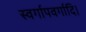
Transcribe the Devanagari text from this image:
स्वर्गापवर्गादि।